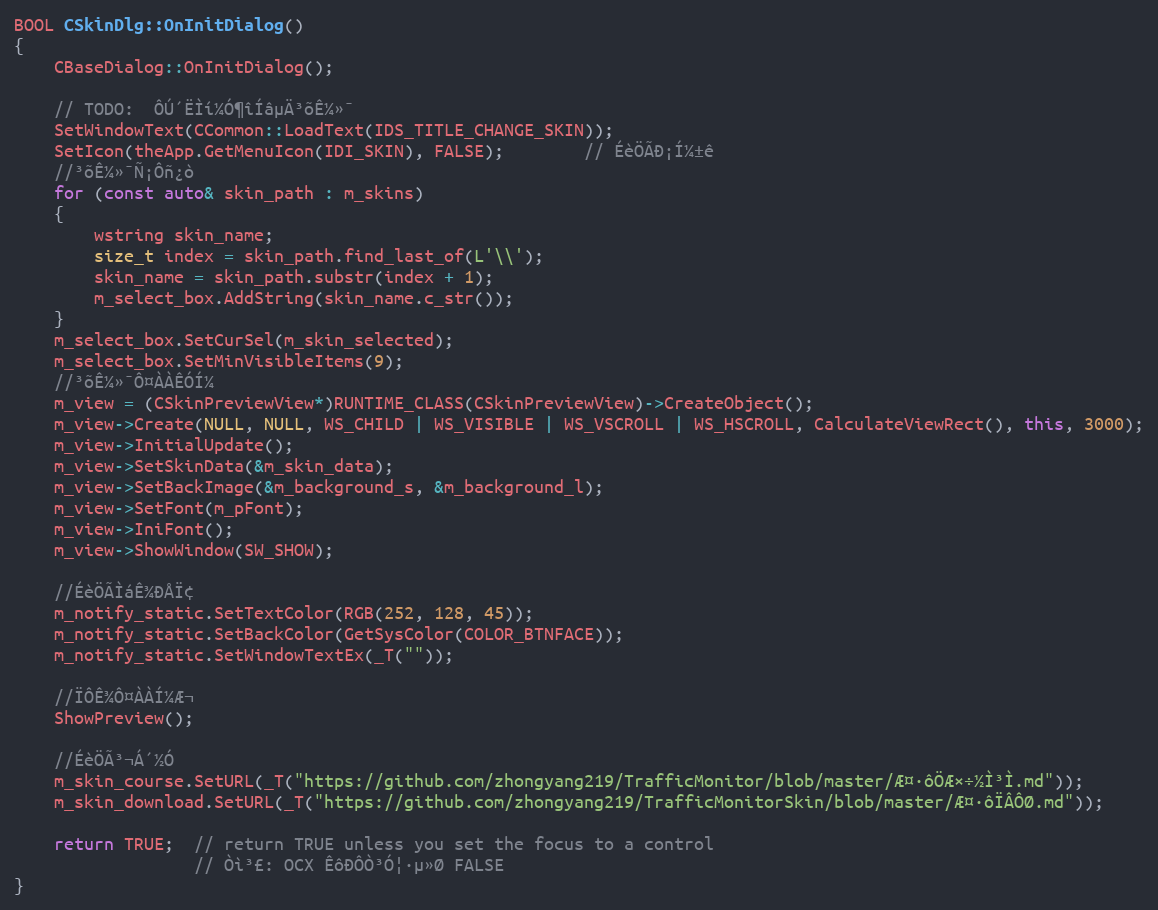
Language: C++
BOOL CSkinDlg::OnInitDialog()
{
	CBaseDialog::OnInitDialog();

	// TODO:  ÔÚ´ËÌí¼Ó¶îÍâµÄ³õÊ¼»¯
	SetWindowText(CCommon::LoadText(IDS_TITLE_CHANGE_SKIN));
	SetIcon(theApp.GetMenuIcon(IDI_SKIN), FALSE);		// ÉèÖÃÐ¡Í¼±ê
	//³õÊ¼»¯Ñ¡Ôñ¿ò
	for (const auto& skin_path : m_skins)
	{
		wstring skin_name;
		size_t index = skin_path.find_last_of(L'\\');
		skin_name = skin_path.substr(index + 1);
		m_select_box.AddString(skin_name.c_str());
	}
	m_select_box.SetCurSel(m_skin_selected);
	m_select_box.SetMinVisibleItems(9);
	//³õÊ¼»¯Ô¤ÀÀÊÓÍ¼
	m_view = (CSkinPreviewView*)RUNTIME_CLASS(CSkinPreviewView)->CreateObject();
	m_view->Create(NULL, NULL, WS_CHILD | WS_VISIBLE | WS_VSCROLL | WS_HSCROLL, CalculateViewRect(), this, 3000);
	m_view->InitialUpdate();
	m_view->SetSkinData(&m_skin_data);
	m_view->SetBackImage(&m_background_s, &m_background_l);
	m_view->SetFont(m_pFont);
	m_view->IniFont();
	m_view->ShowWindow(SW_SHOW);

	//ÉèÖÃÌáÊ¾ÐÅÏ¢
	m_notify_static.SetTextColor(RGB(252, 128, 45));
	m_notify_static.SetBackColor(GetSysColor(COLOR_BTNFACE));
	m_notify_static.SetWindowTextEx(_T(""));

	//ÏÔÊ¾Ô¤ÀÀÍ¼Æ¬
	ShowPreview();

	//ÉèÖÃ³¬Á´½Ó
	m_skin_course.SetURL(_T("https://github.com/zhongyang219/TrafficMonitor/blob/master/Æ¤·ôÖÆ×÷½Ì³Ì.md"));
	m_skin_download.SetURL(_T("https://github.com/zhongyang219/TrafficMonitorSkin/blob/master/Æ¤·ôÏÂÔØ.md"));

	return TRUE;  // return TRUE unless you set the focus to a control
				  // Òì³£: OCX ÊôÐÔÒ³Ó¦·µ»Ø FALSE
}